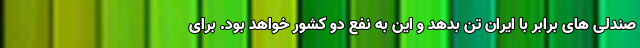
صندلی های برابر با ایران تن بدهد و این به نفع دو کشور خواهد بود. برای